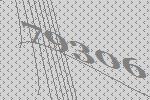
79306